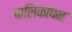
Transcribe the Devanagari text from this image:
बालिकापन